Civil Veterinary Department Bihar & Orissa reports 1922-29 - 1922-1929
Year: 1922
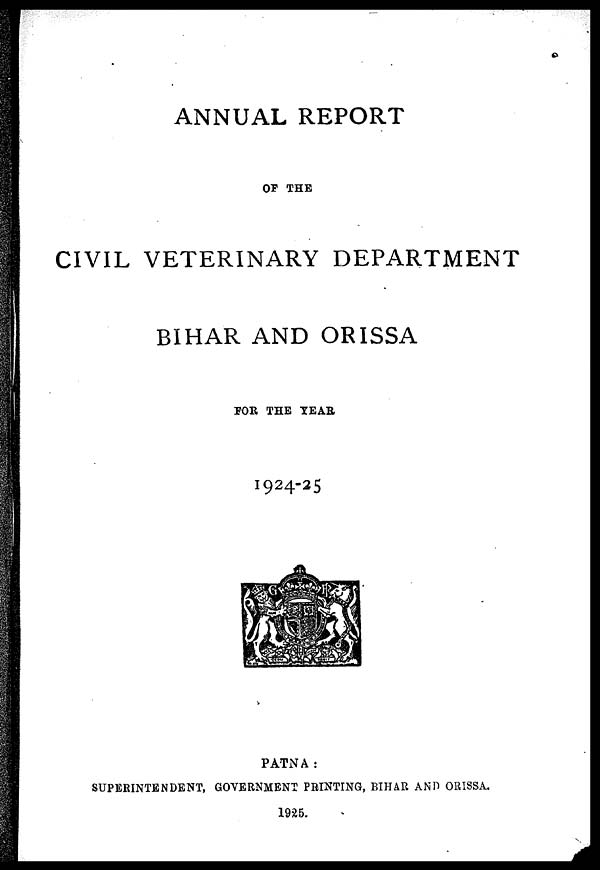
ANNUAL REPORT
OF THE
CIVIL VETERINARY DEPARTMENT
BIHAR AND ORISSA
FOR THE YEAR
1924-25
PATNA:
SUPERINTENDENT, GOVERNMENT PRINTING, BIHAR AND ORISSA.
1925.